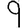
Digit: 9